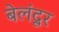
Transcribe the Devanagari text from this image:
बेलंदूर